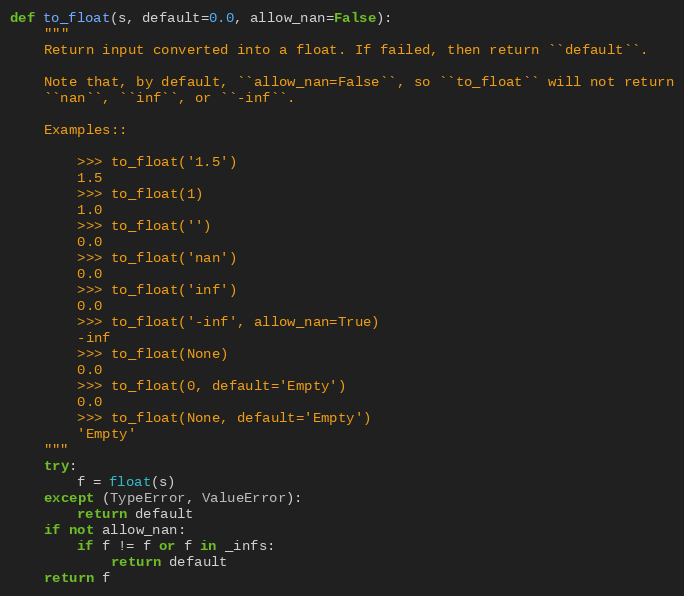
Language: Python
def to_float(s, default=0.0, allow_nan=False):
    """
    Return input converted into a float. If failed, then return ``default``.

    Note that, by default, ``allow_nan=False``, so ``to_float`` will not return
    ``nan``, ``inf``, or ``-inf``.

    Examples::

        >>> to_float('1.5')
        1.5
        >>> to_float(1)
        1.0
        >>> to_float('')
        0.0
        >>> to_float('nan')
        0.0
        >>> to_float('inf')
        0.0
        >>> to_float('-inf', allow_nan=True)
        -inf
        >>> to_float(None)
        0.0
        >>> to_float(0, default='Empty')
        0.0
        >>> to_float(None, default='Empty')
        'Empty'
    """
    try:
        f = float(s)
    except (TypeError, ValueError):
        return default
    if not allow_nan:
        if f != f or f in _infs:
            return default
    return f